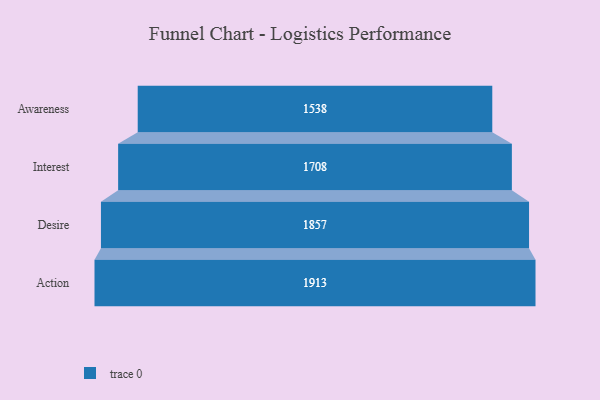
{"axis": {"x": "Stage", "y": "Value"}, "legend": [""], "data": [{"x": "Awareness", "y": 1538.0, "type": ""}, {"x": "Interest", "y": 1708.0, "type": ""}, {"x": "Desire", "y": 1857.0, "type": ""}, {"x": "Action", "y": 1913.0, "type": ""}]}